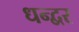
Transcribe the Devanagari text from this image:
धन्द्वर